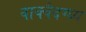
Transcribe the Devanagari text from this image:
वाक्वैदग्ध्य